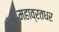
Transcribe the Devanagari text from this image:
महाव्रतधर